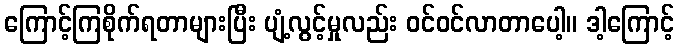
ကြောင့်ကြစိုက်ရတာများပြီး ပျံ့လွင့်မှုလည်း ဝင်ဝင်လာတာပေါ့။ ဒါ့ကြောင့်